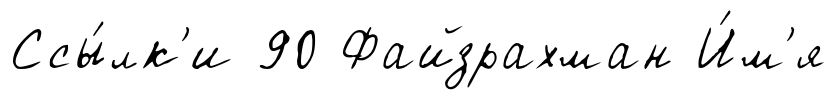
Ссы́лк'и 90 Файзрахман И́м'я